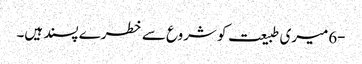
-6میری طبیعت کو شروع سے خطرے پسند ہیں۔